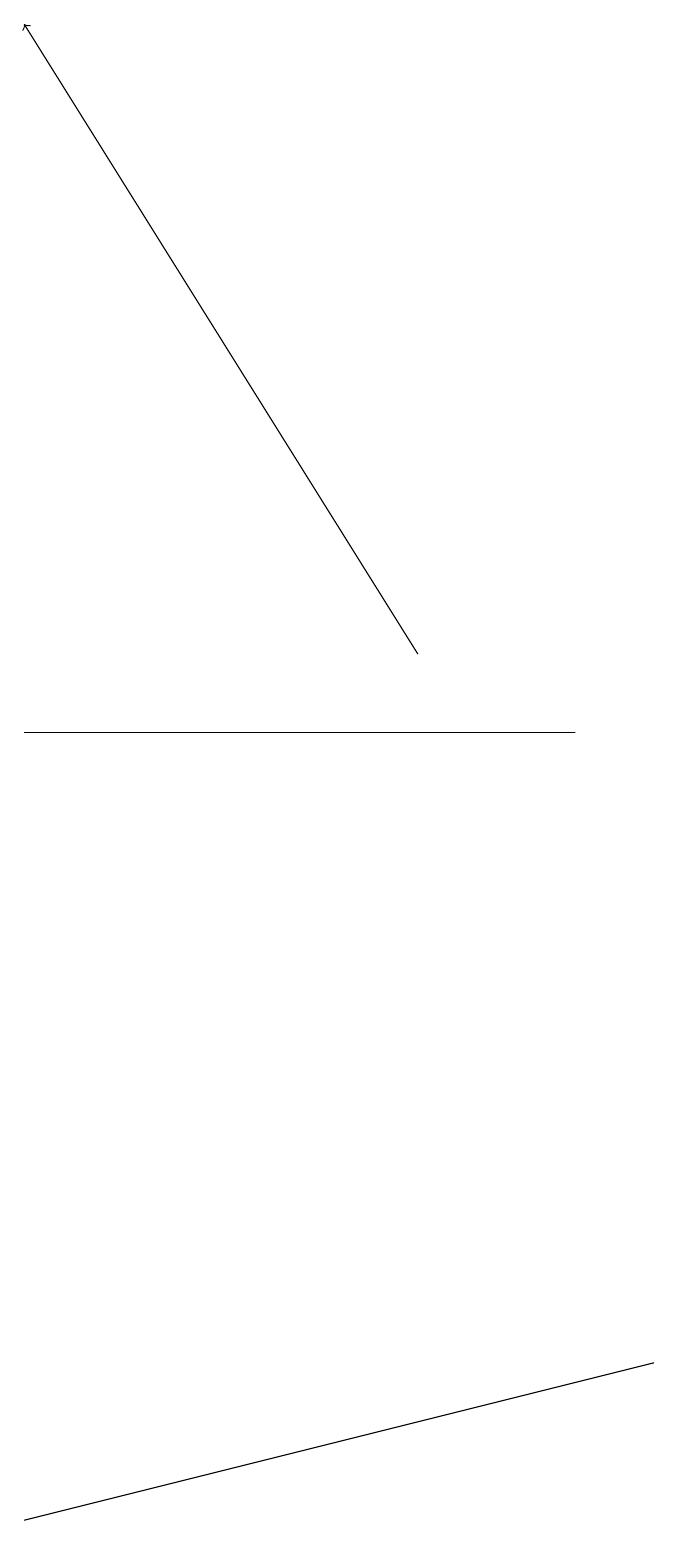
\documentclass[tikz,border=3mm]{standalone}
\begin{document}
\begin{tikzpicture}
\draw (1,10) rectangle (8,10);
\draw[->] (6,11) -- (1,19);
\draw (1,0) -- (9,2) -- (5,1) -- cycle;
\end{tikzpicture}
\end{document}